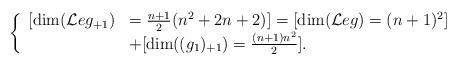
LaTeX: \begin{align*}\left\{\begin{array}{ll}[\dim(\mathcal{L}eg_{+1})&=\frac{n+1}{2}(n^2+2n+2)]=[\dim(\mathcal{L}eg)=(n+1)^2]\\&+[\dim((g_1)_{+1})=\frac{(n+1)n^2}{2}].\\\end{array}\right.\end{align*}